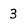
Character: 3